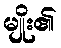
မျိုး၏